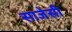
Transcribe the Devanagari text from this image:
साजेसी